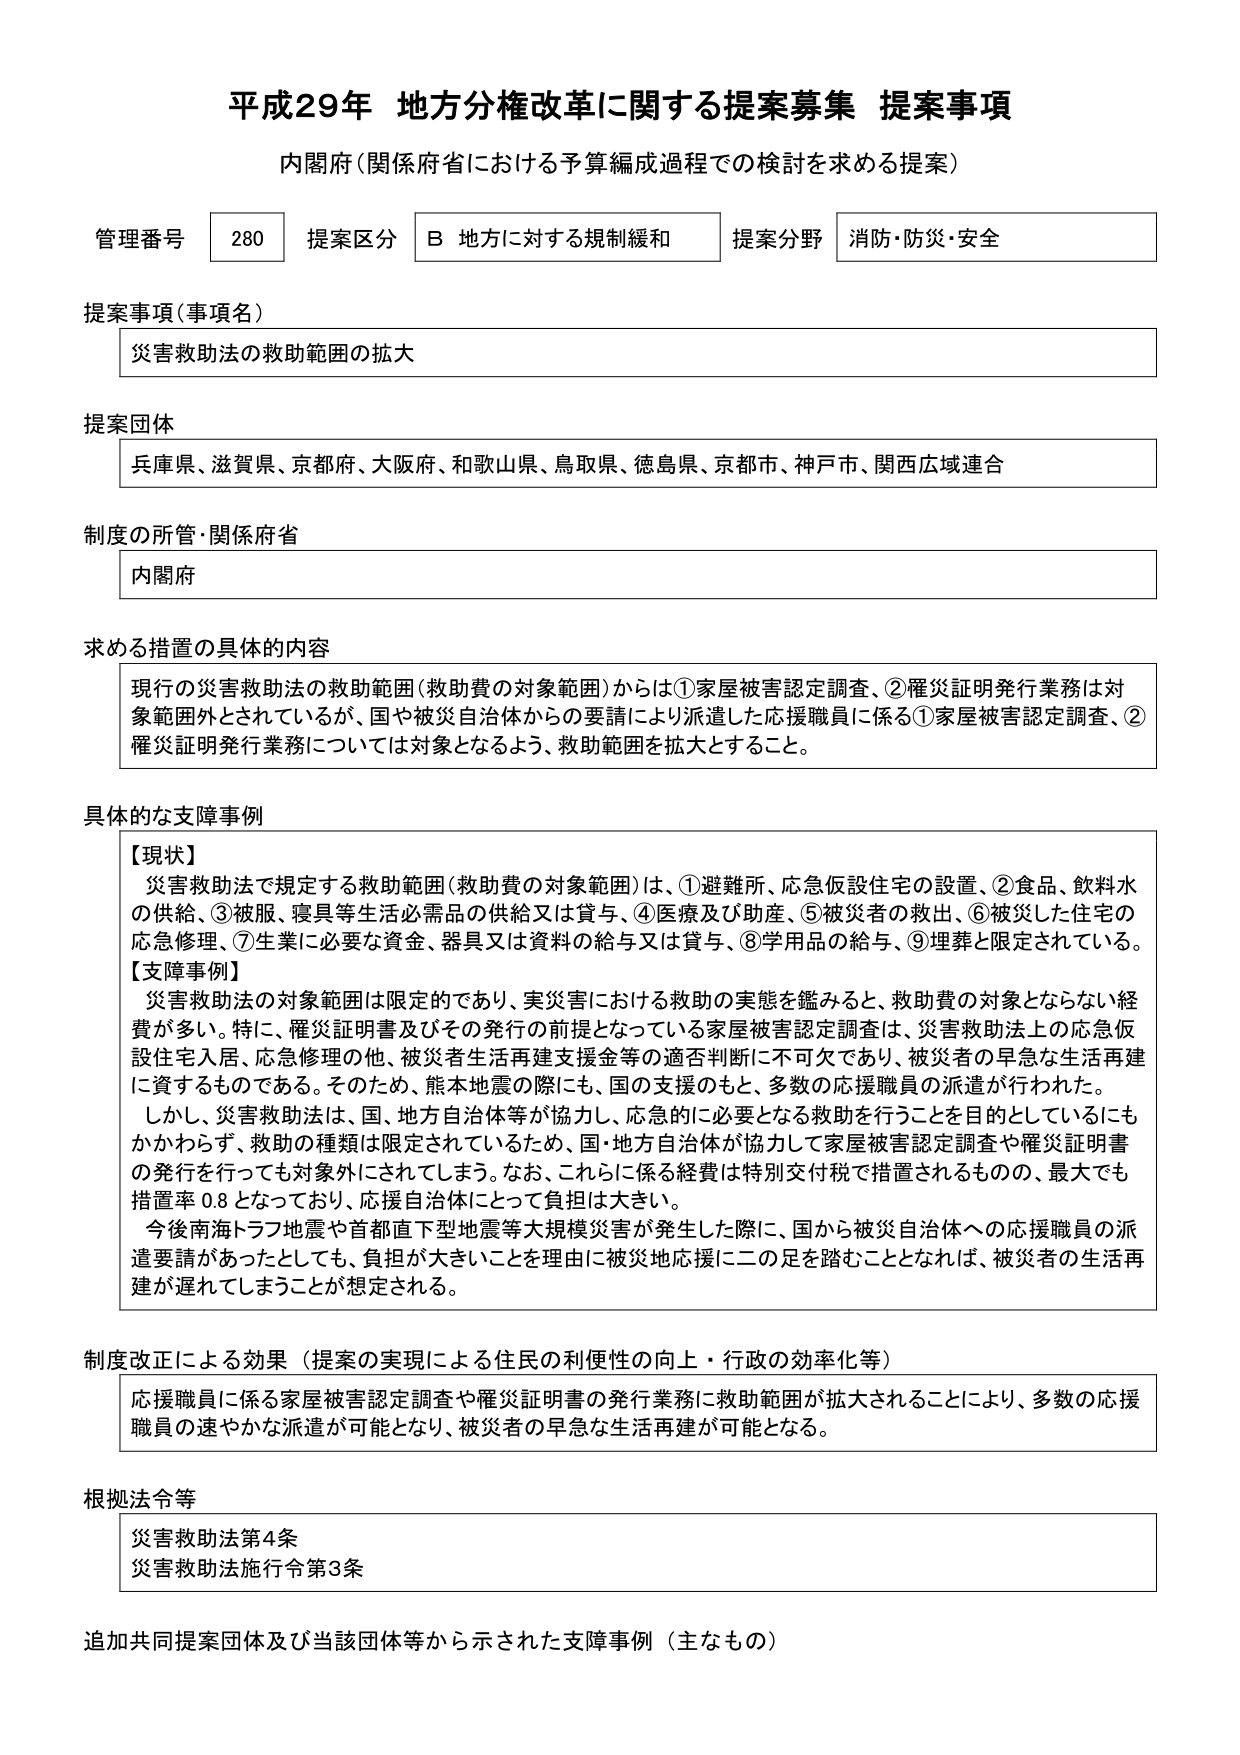
平成29年 地方分権改革に関する提案募集 提案事項
内閣府（関係府省における予算編成過程での検討を求める提案）

管理番号 280 提案区分 B 地方に対する規制緩和 提案分野 消防・防災・安全

提案事項（事項名）
災害救助法の救助範囲の拡大

提案団体
兵庫県、滋賀県、京都府、大阪府、和歌山県、鳥取県、徳島県、京都市、神戸市、関西広域連合

制度の所管・関係府省
内閣府

求める措置の具体的な内容
現行の災害救助法の救助範囲（救助費の対象範囲）からは①家屋被害認定調査、②罹災証明発行業務は対象範囲外とされているが、国や被災自治体からの要請により派遣した応援職員に係る①家屋被害認定調査、②罹災証明発行業務については対象となるよう、救助範囲を拡大すること。

具体的な支障事例
【現状】
災害救助法で規定する救助範囲（救助費の対象範囲）は、①避難所、応急仮設住宅の設置、②食品、飲料水の供給、③被服、寝具等生活必需品の供給又は貸与、④医療及び助産、⑤被災者の救出、⑥被災した住宅の応急修理、⑦生業に必要な資金、器具又は資料の給与又は貸与、⑧学用品の給与、⑨埋葬と限定されている。
【支障事例】
災害救助法の対象範囲は限定的であり、実災害における救助の実態を鑑みると、救助費の対象とならない経費が多い。特に、罹災証明書及びその発行の前提となっている家屋被害認定調査は、災害救助法上の応急仮設住宅入居、応急修理の他、被災者生活再建支援金等の適否判断に不可欠であり、被災者の早急な生活再建に資するものである。そのため、熊本地震等にも、国の支援のもと、多数の応援職員の派遣が行われた。
しかし、災害救助法は、国、地方自治体等が協力し、応急的に必要となる救助を行うことを目的としているにもかかわらず、救助の種類は限定されているため、国・地方自治体が協力して家屋被害認定調査や罹災証明書の発行を行っても対象外にされてしまう。なお、これらに係る経費は特別交付税で措置されるものの、最大でも措置率0.8となっており、応援自治体にとって負担は大きい。
今後南海トラフ地震や首都直下型地震等大規模災害が発生した際に、国から被災自治体への応援職員の派遣要請があったとしても、負担が大きいことを理由に被災地応援に二の足を踏むこととなれば、被災者の生活再建が遅れてしまうことが想定される。

制度改正による効果（提案の実現による住民の利便性の向上・行政の効率化等）
応援職員に係る家屋被害認定調査や罹災証明書の発行業務に救助範囲が拡大されることにより、多数の応援職員の速やかな派遣が可能となり、被災者の早急な生活再建が可能となる。

根拠法令等
災害救助法第4条
災害救助法施行令第3条

追加共同提案団体及び当該団体等から示された支障事例（主なもの）